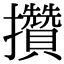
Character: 攢